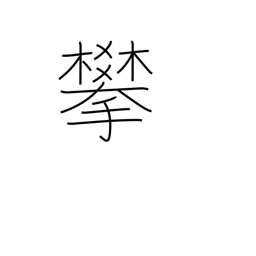
Meaning: climb